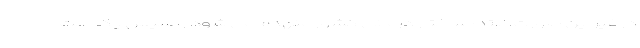
در غیر این صورت، ابتدا ساختار درمانی کشور منهدم می شود و سپس یک ملت